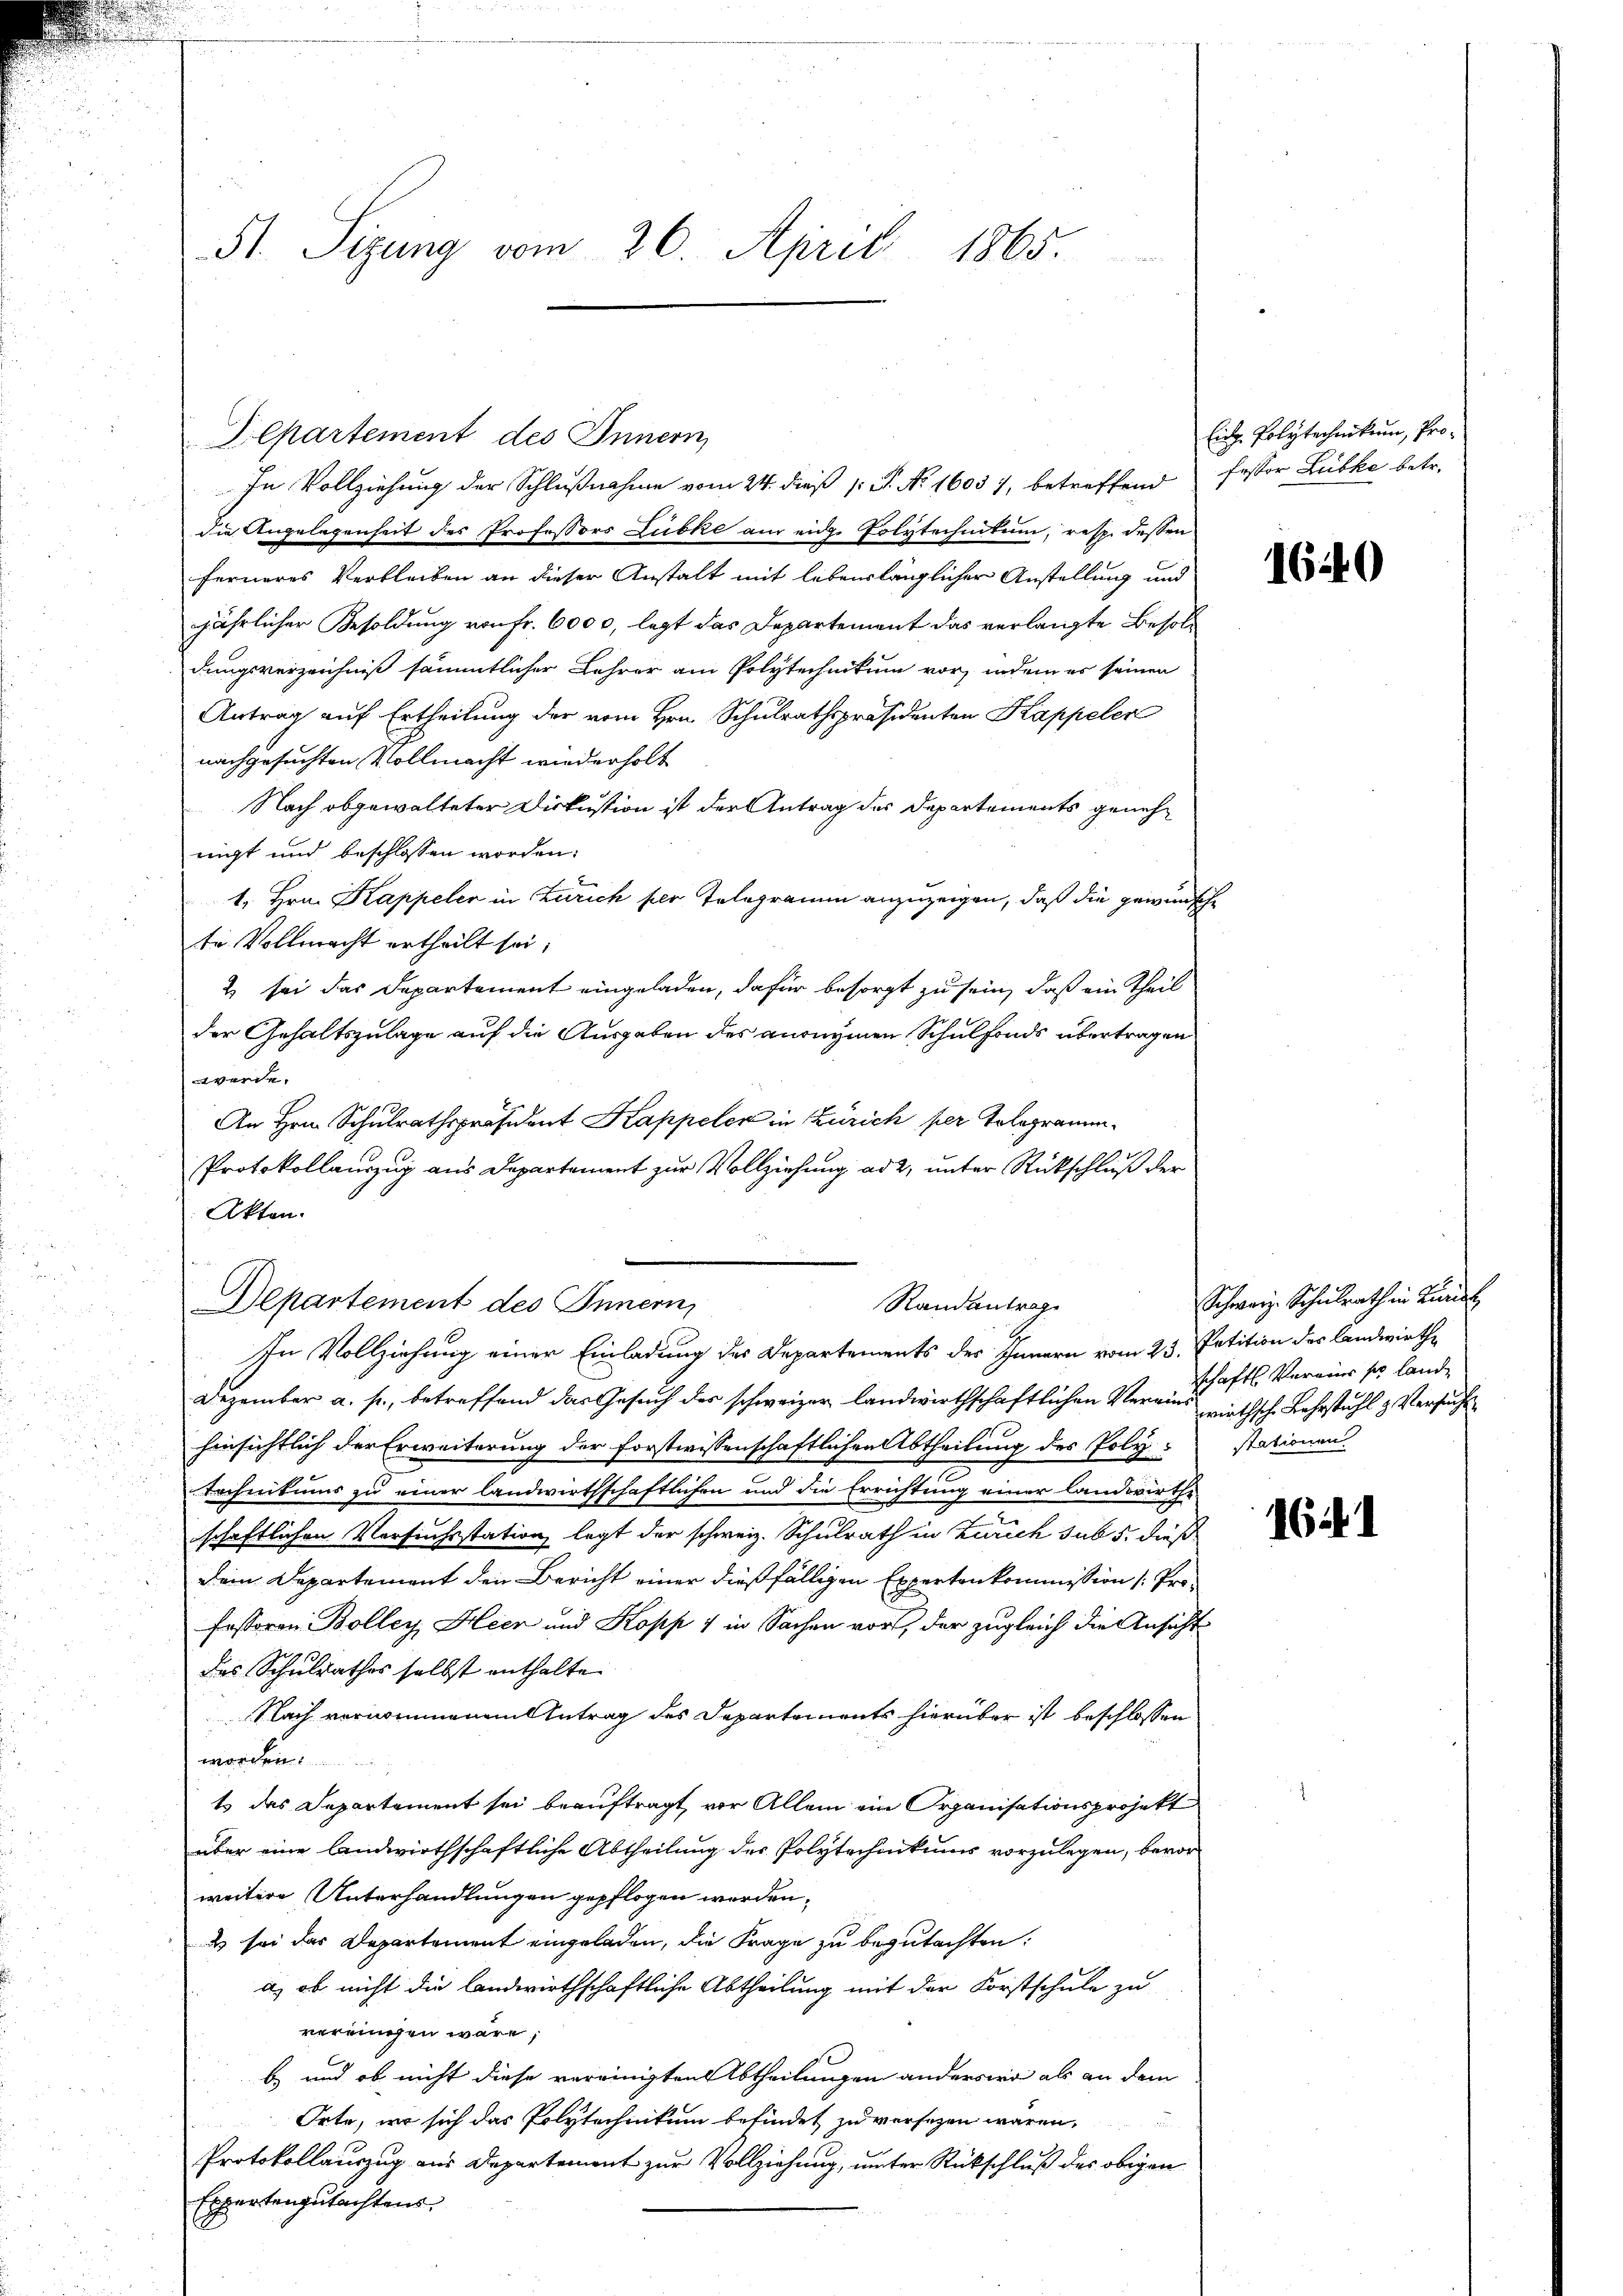
In Vollziehung der Schlußnahme vom 24. dieß 1 S. Nr. 1605 7, betreffend fessor Lübke betr.
die Angelegenheit des Professors Lubke am eid. Polytechnitum, resp. dessen
ferneres Verbleiben an dieser Anstalt mit lebenslänglicher Anstellung und
jährlicher Besoldung von fr. 6000, legt das Departement das verlangte Besoldungsverzeichniß sämmtlicher Lehrer am Polytechnikum vor, indem es seinen
Antrag auf Ertheilung der vom Hrn. Schulrathspräsidenten Kappeler
nachgesuchten Vollmacht wiederholt
Nach obgewalteter Diskussion ist der Antrag des Departements genehnigt und beschlossen worden:
1. Hrn. Kappeler in Zürich per Telegramm anzuzeigen, daß die gewünsche
te Vollmacht ertheilt sei;
& sei das Departement eingeladen, dafür besorgt zu sein, daß ein Theil
der Gehaltszulage auf die Ausgaben des anonymen Schulfonds übertragen
werde.
An Hrn. Schulrathspräsiden Kappeler in Zürich per Tologramm¬
Protokollauszug aus Departement zur Vollziehung ad 2, unter Rückschluß der
Akten.
Departement des Innern,
In Vollziehung einer Einladung des Departements des Innern vom 23. Petition des Andwirthe
Dezember a. p., betreffend das Gesuch der schweizer landwirthschaftlichen Vereins wirtsch Lehrstuhl & Versucht
hinsichtlich der Erweiterung der forstwissenschaftlichen Abtheilung des Poly-stationen.
Techentums zu einer landwirthschaftlichen und die Errichtung einer landwirthe
schaftlichen Versuchsstation legt der schweiz. Schulrath in Zürich sub 5. dieß
Dein Departement den Bericht einer dießfälligen Expertenkommission (: Professoren Bolley Heer und Kopp 7 in Sachen vor, der zugleich die Ansicht
des Schulrathes selbst enthalte
Nach vernommenem Antrag des Departements hierüber ist beschlossen
worden.
ts das Departement sei beauftragt, vor Allem ein Organisationsprojekt
über eine landwirthschaftliche Abtheilung des Polytechnikums vorzulegen, bevor
weitere Unterhandlungen gepflogen werden,
& sei das Departement eingeladen, die Frage zu begutachten:
a, ob nicht die landwirthschaftliche Abtheilung mit der Forstschule zu
vereinigen wäre,
b und ob nicht diese vereinigten Abtheilungen anderswo als an dem
Orte, wo sich das Polytechnikum befindet zu versezen wären,
Protokollauszug aus Departement zur Vollziehung, unter Rückschluß des obigen
Expertengutachtens

51. Sitzung vom 26. April 1865.

Departement des Innern,

Randantrag

Eidg. Polytechnikum, Pro¬

1640

Schweiz. Schulrath in Kurial
schaft Vermier so lande

1641